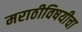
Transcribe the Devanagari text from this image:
मराठीविषयीचा